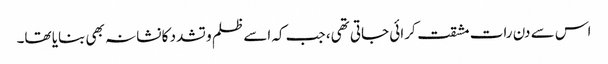
اس سے دن رات مشقت کرائی جاتی تھی، جب کہ اسے ظلم و تشدد کا نشانہ بھی بنایا تھا۔